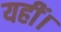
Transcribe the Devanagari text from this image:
यहीं।